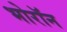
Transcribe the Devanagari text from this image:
भोरॉन